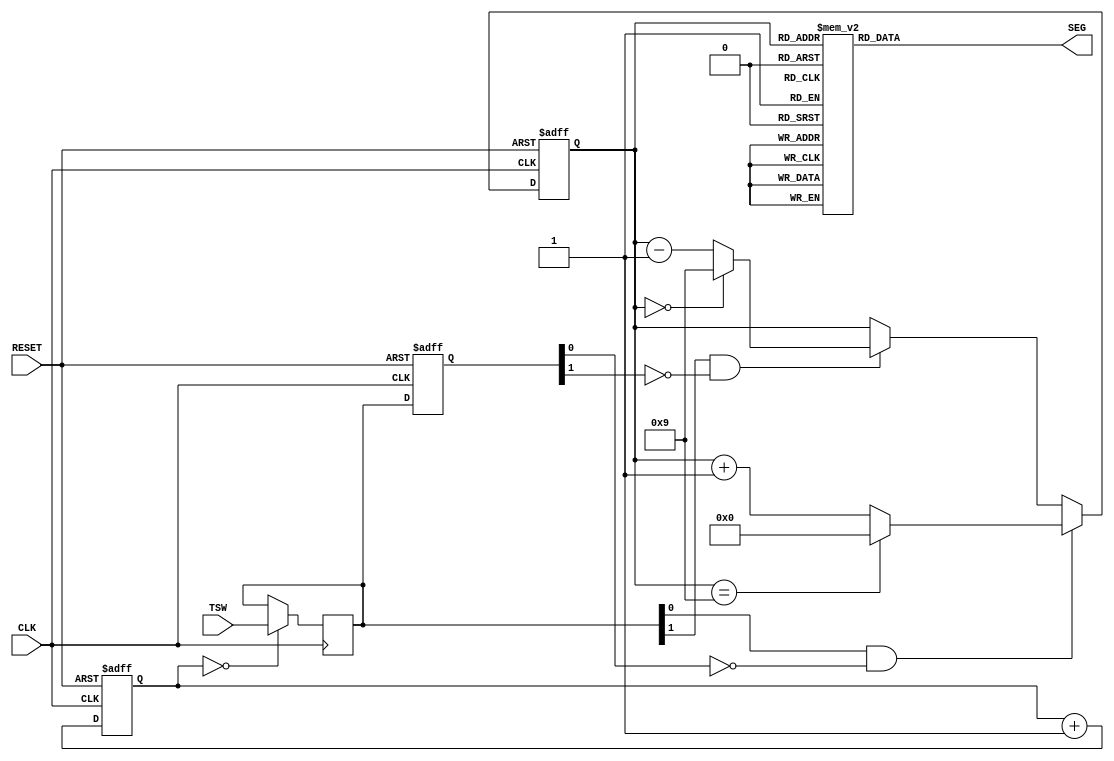
module Counter_7seg(CLK, RESET, TSW, SEG);

	input CLK, RESET;
	input [1:0] TSW;
	output [7:0] SEG;
	
	reg [3:0] Q = 0;
	reg [18:0] tmp_count = 0;
	reg [1:0] out, buffer;
	reg [7:0] SEG;
	
	always @(posedge CLK or negedge RESET) begin
		if (!RESET) tmp_count <= 0;
		else tmp_count <= tmp_count + 1;
	end
	
	always @(posedge CLK)
		if (tmp_count == 0) out <= TSW;
	
	always @(posedge CLK or negedge RESET) begin
		if (!RESET) buffer <= 0;
		else buffer <= out;
	end

	assign inc = out[0] & ~buffer[0];
	assign dec = out[1] & ~buffer[1];
	
	always @(posedge CLK or negedge RESET) begin
		if (!RESET) Q <= 0;
		else if (inc == 1) Q <= (Q == 9 ? 0 : Q + 1);
		else if (dec == 1) Q <= (Q == 0 ? 9 : Q - 1);
	end
	
	always @(Q) begin
		case(Q)
			4'b0000: SEG <= 8'b0001_0000;
			4'b0001: SEG <= 8'b0001_0001;
			4'b0010: SEG <= 8'b0001_0010;
			4'b0011: SEG <= 8'b0001_0011;
			4'b0100: SEG <= 8'b0001_0100;
			4'b0101: SEG <= 8'b0001_0101;
			4'b0110: SEG <= 8'b0001_0110;
			4'b0111: SEG <= 8'b0001_0111;
			4'b1000: SEG <= 8'b0001_1000;
			4'b1001: SEG <= 8'b0001_1001;
			default: SEG <= 8'b0001_1111;
		endcase
	end
	
endmodule